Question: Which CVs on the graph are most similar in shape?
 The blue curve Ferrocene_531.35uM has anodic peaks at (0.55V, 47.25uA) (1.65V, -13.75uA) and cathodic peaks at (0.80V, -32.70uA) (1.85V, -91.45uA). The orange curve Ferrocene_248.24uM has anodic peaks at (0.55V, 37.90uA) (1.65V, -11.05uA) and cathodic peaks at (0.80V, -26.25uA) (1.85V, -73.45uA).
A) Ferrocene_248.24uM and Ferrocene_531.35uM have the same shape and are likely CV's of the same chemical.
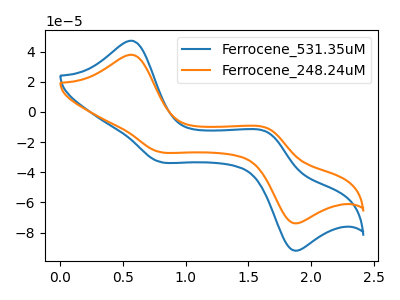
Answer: <think>All the peaks in "Ferrocene_531.35uM" have a peak in "Ferrocene_248.24uM" at the same potential.
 </think>
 <answer>A) "Ferrocene_248.24uM" and "Ferrocene_531.35uM" have the same shape and are likely CV's of the same chemical.</answer>
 <eval>A</eval>